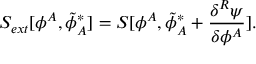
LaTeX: S _ { e x t } [ \phi ^ { A } , { \tilde { \phi } } _ { A } ^ { * } ] = S [ \phi ^ { A } , { \tilde { \phi } } _ { A } ^ { * } + \frac { \delta ^ { R } \psi } { \delta \phi ^ { A } } ] .